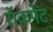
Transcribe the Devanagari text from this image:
रॉकपेंट